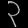
Digit: ၃